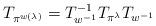
LaTeX: \begin{align*}T_{\pi^{w\left(\lambda\right)}} = T_{w^{-1}}^{-1}T_{\pi^\lambda} T_{w^{-1}}\end{align*}